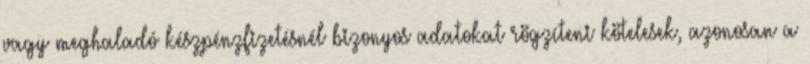
vagy meghaladó készpénzfizetésnél bizonyos adatokat rögzíteni kötelesek, azonosan a